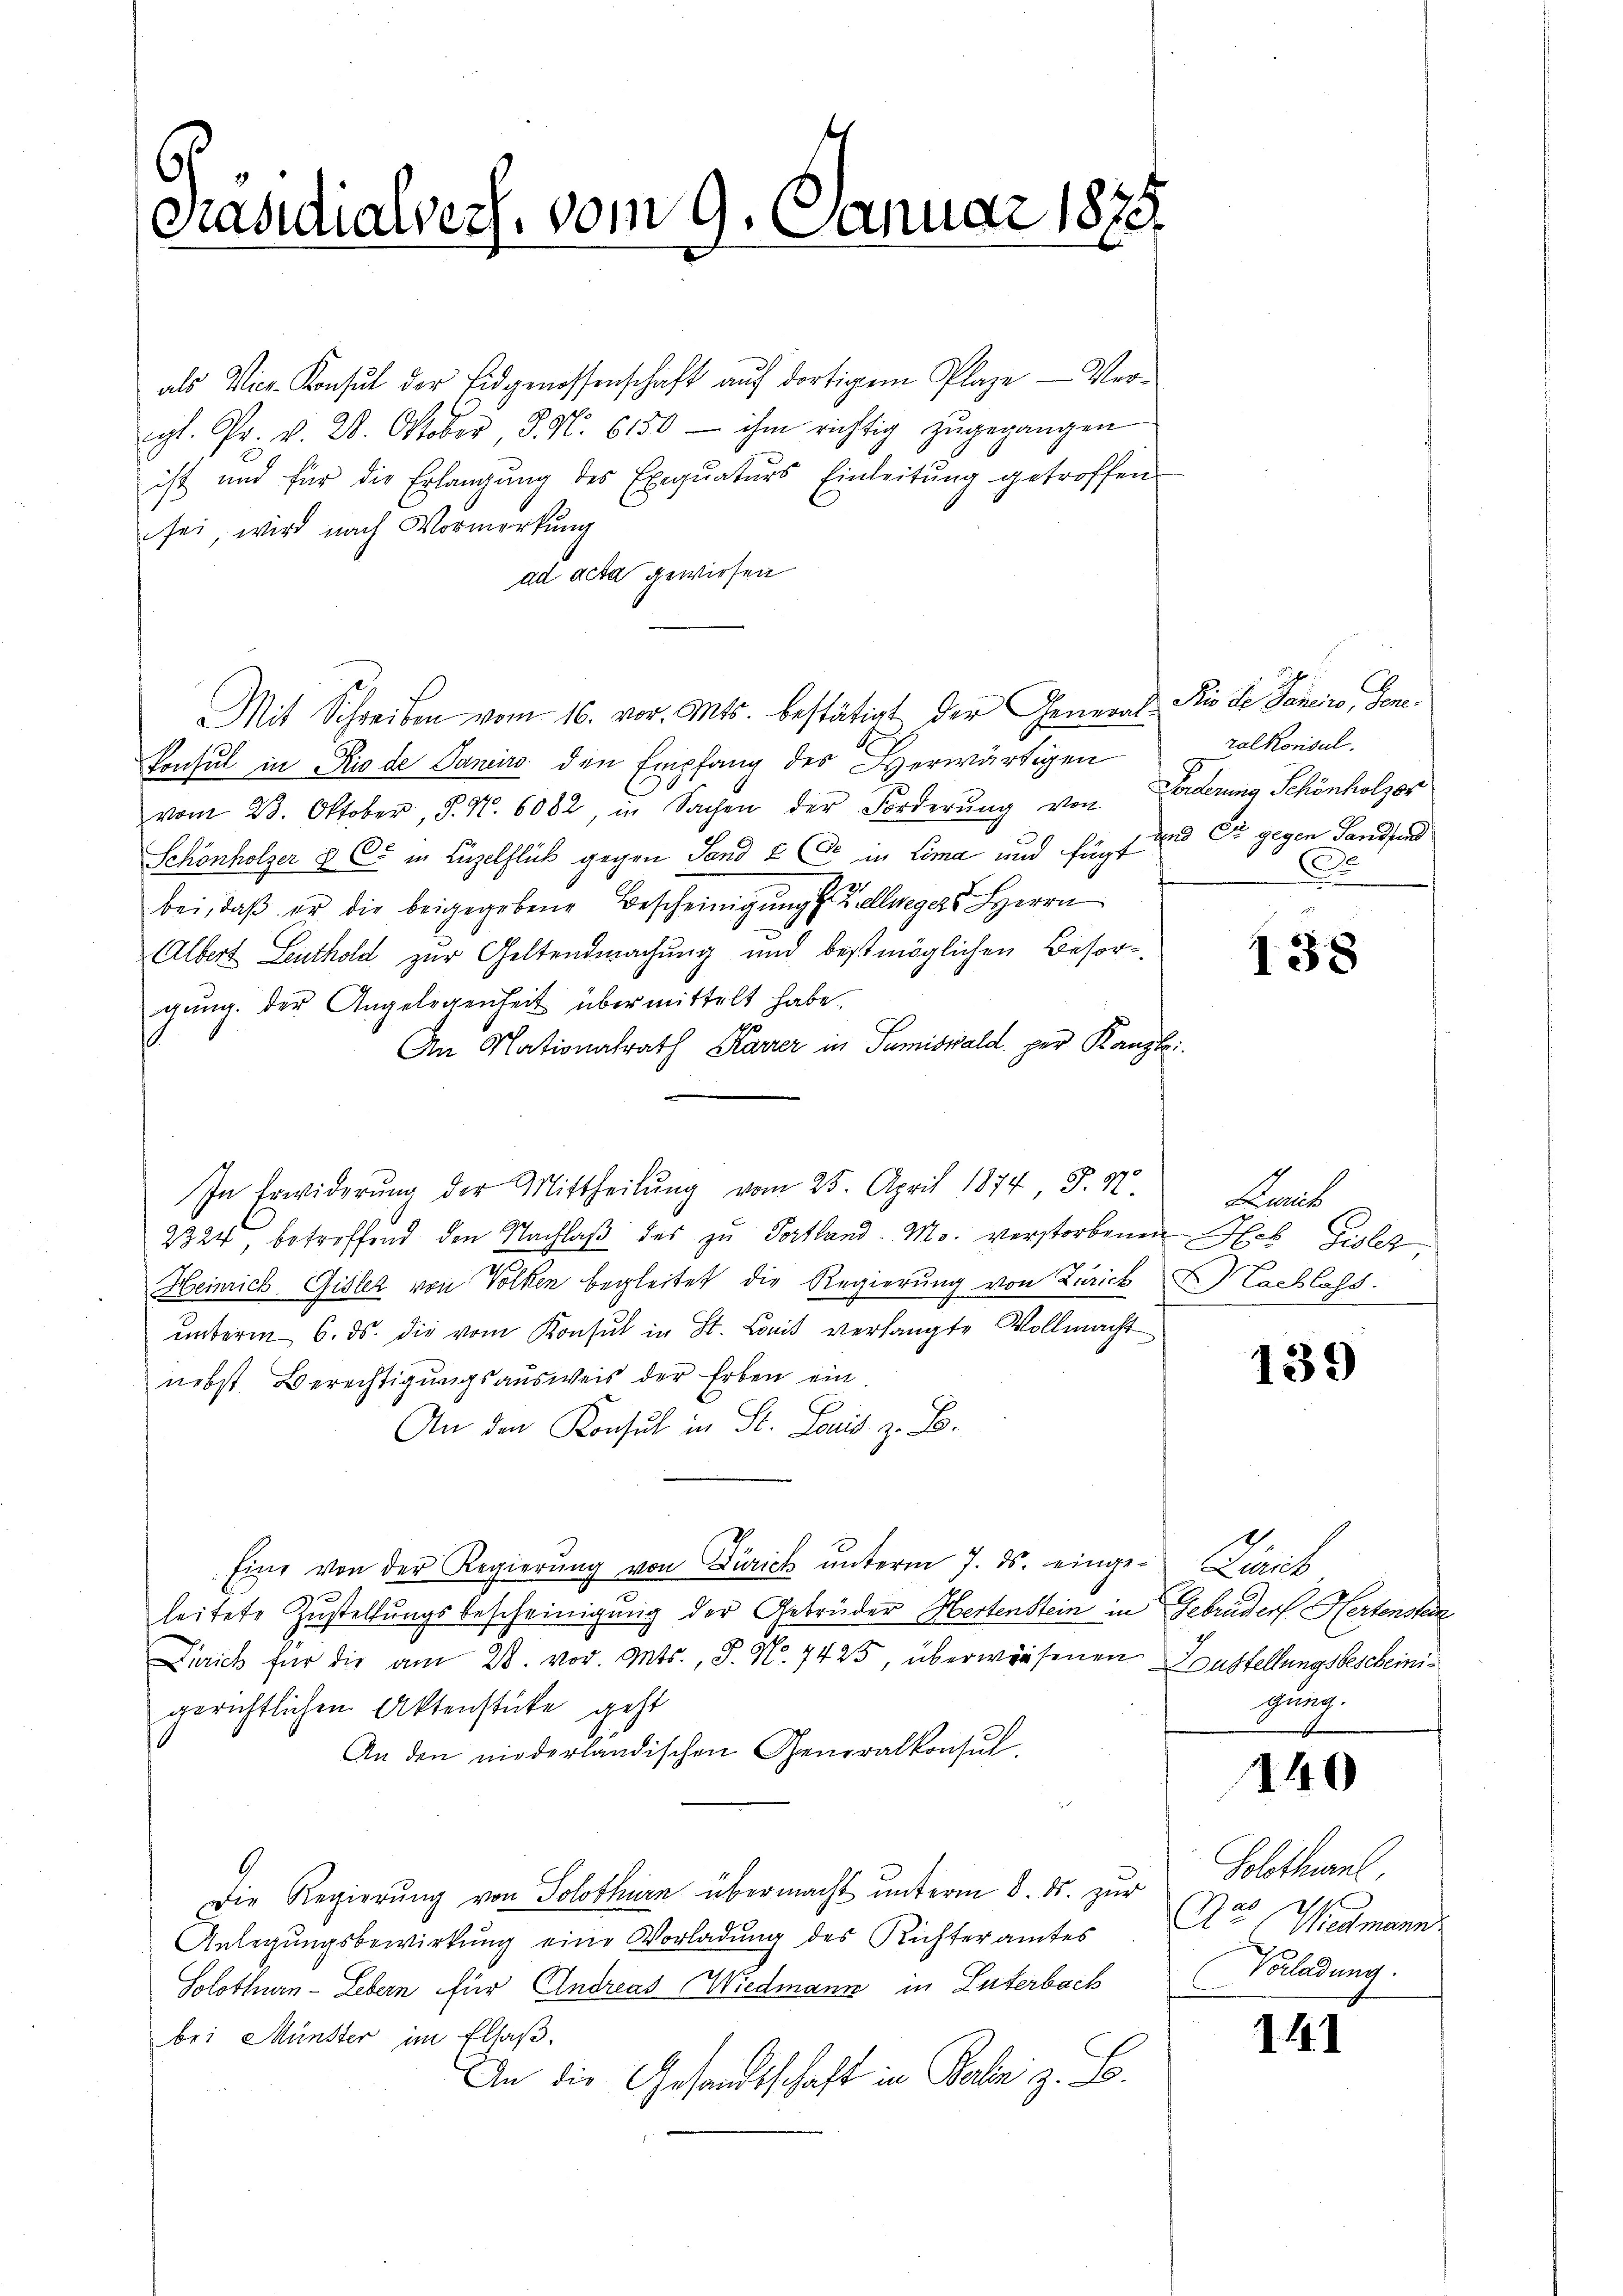
s
Präsidialvers, vom 9. Januar 1873

als Vier-Konsul der Eidgenossenschaft aŭf dortigem Plaze Ver-
gl. Pr. v. 2. Oktober, S. N. 6150 - ihm richtig zŭgegangen
ist und für die Erlangŭng des Exequaturs Einleitŭng getroffen
sei, wird nach Vormerkung
ad acta gewiesen
Mit Schreiben vom 16. vor. Mts. bestätigt der General Sie de Saneno, Gene¬
Konsul in Rio de Janeiro den Empfang des Herwärtigen
vom 28. Oktober, S. N. 6082, in Sachen der Forderŭng von
Schönholzer & C in Luzelflick gegen Sand & Cie in Lima und fügt
bei, daß er die beigegebene Bescheinigungs Zellwegers HHerrn
Albert Leuthold zur Geltendmachung und bestmöglichen Besorgŭng der Angelegenheit übermittelt habe.
An Nationalrath Karrer in Tumiswald per Kanzle
In Erwiderŭng der Mittheilŭng vom 25. April 1874 J. N.
2324, betreffend den Nachlaβ des zu Portland-Mo. verstorbenen Pleb Gisler,
Heinrich Gisler von Volken begleitet die Regierung von Zürich Nachlass
unterm 6. ds. die vom Konsul in St. Comit verlangte Vollmacht
nebst Berechtigungsausweis der Erben ein
An den Konsul in St. Louis z. B.
Eine von der Regierŭng von Zürich ŭnterm 7. ds. einge-Zürich
leitete Zustellungsbescheinigung der Gebrüder Hertenstein in Gebrüder Hertenstein
Zürich für die am 28. vor. Mts., S. No. 7425, überwiesenen Zustellungsbescheinigerichtlichen Aktenstücke geht
An den niederländischen Generalkonsul
Die Regierung von Solothurn übermacht unterm 8. ds. zur
Anlegungsbewirkung eine Vorladung des Richteramtes
Solothurn - Lebern für Andreas Wiedmann in Literbach
bei Münster im Elsaß.
An die Gesandtschaft in Baler z. B.

ralkonsul
Forderung Schönholzer
und Du gegen Handfind
Do

138

Zürich

139

gung.

140

Solothurn
de
Aao. 1. Wiedmann
Vorladung.

11